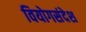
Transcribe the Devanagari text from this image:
वियोगसंदेश